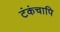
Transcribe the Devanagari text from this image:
टंकंचापि